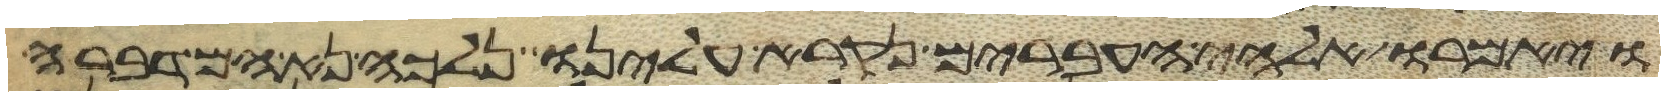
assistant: ויאמרו אלהי העברים נקרא עלינו נלכה נא המדברה